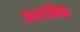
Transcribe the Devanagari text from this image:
अरामिक